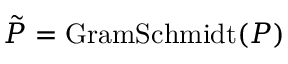
\tilde { P } = \mathrm { G r a m S c h m i d t } ( P )